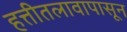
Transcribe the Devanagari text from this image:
हत्तीतलावापासून